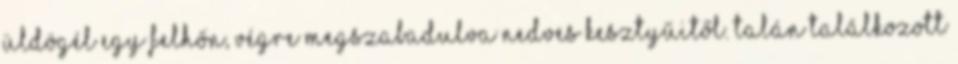
üldögél egy felhőn, végre megszabadulva nedves kesztyűitől. Talán találkozott